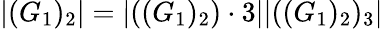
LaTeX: |(G_{1})_{2}|=|((G_{1})_{2})\cdot 3||((G_{1})_{2})_{3}|